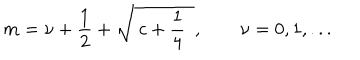
m = \nu + \frac { 1 } { 2 } + \sqrt { \ c + \frac { 1 } { 4 } \ \ } , \qquad \nu = 0 , 1 , . . .